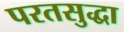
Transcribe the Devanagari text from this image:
परतसुद्धा